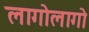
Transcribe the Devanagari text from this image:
लागोलागो